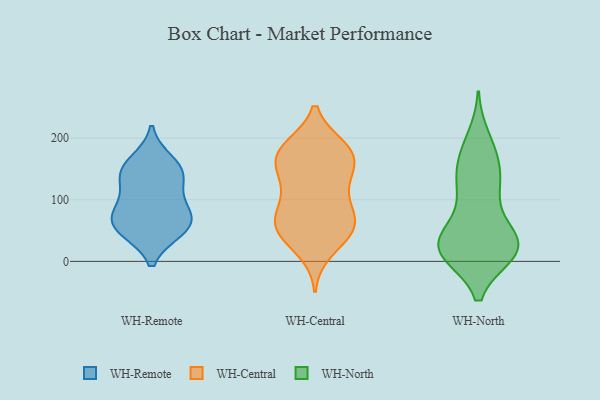
{"axis": {"x": "Bounce Rate (%)", "y": "Value"}, "legend": ["WH-Central", "WH-North", "WH-Remote"], "data": [{"x": "", "y": 87, "type": "WH-Remote"}, {"x": "", "y": 138, "type": "WH-Remote"}, {"x": "", "y": 136, "type": "WH-Remote"}, {"x": "", "y": 50, "type": "WH-Remote"}, {"x": "", "y": 50, "type": "WH-Remote"}, {"x": "", "y": 147, "type": "WH-Remote"}, {"x": "", "y": 65, "type": "WH-Remote"}, {"x": "", "y": 62, "type": "WH-Remote"}, {"x": "", "y": 91, "type": "WH-Remote"}, {"x": "", "y": 162, "type": "WH-Remote"}, {"x": "", "y": 181, "type": "WH-Central"}, {"x": "", "y": 138, "type": "WH-Central"}, {"x": "", "y": 95, "type": "WH-Central"}, {"x": "", "y": 151, "type": "WH-Central"}, {"x": "", "y": 170, "type": "WH-Central"}, {"x": "", "y": 132, "type": "WH-Central"}, {"x": "", "y": 48, "type": "WH-Central"}, {"x": "", "y": 52, "type": "WH-Central"}, {"x": "", "y": 17, "type": "WH-Central"}, {"x": "", "y": 43, "type": "WH-Central"}, {"x": "", "y": 185, "type": "WH-Central"}, {"x": "", "y": 68, "type": "WH-Central"}, {"x": "", "y": 173, "type": "WH-Central"}, {"x": "", "y": 45, "type": "WH-Central"}, {"x": "", "y": 67, "type": "WH-Central"}, {"x": "", "y": 73, "type": "WH-Central"}, {"x": "", "y": 185, "type": "WH-Central"}, {"x": "", "y": 86, "type": "WH-Central"}, {"x": "", "y": 175, "type": "WH-Central"}, {"x": "", "y": 129, "type": "WH-Central"}, {"x": "", "y": 199, "type": "WH-North"}, {"x": "", "y": 21, "type": "WH-North"}, {"x": "", "y": 46, "type": "WH-North"}, {"x": "", "y": 107, "type": "WH-North"}, {"x": "", "y": 15, "type": "WH-North"}, {"x": "", "y": 28, "type": "WH-North"}, {"x": "", "y": 20, "type": "WH-North"}, {"x": "", "y": 178, "type": "WH-North"}, {"x": "", "y": 129, "type": "WH-North"}, {"x": "", "y": 173, "type": "WH-North"}, {"x": "", "y": 63, "type": "WH-North"}, {"x": "", "y": 156, "type": "WH-North"}, {"x": "", "y": 22, "type": "WH-North"}, {"x": "", "y": 18, "type": "WH-North"}, {"x": "", "y": 34, "type": "WH-North"}, {"x": "", "y": 125, "type": "WH-North"}, {"x": "", "y": 125, "type": "WH-North"}, {"x": "", "y": 25, "type": "WH-North"}, {"x": "", "y": 14, "type": "WH-North"}, {"x": "", "y": 13, "type": "WH-North"}]}